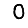
Digit: 0